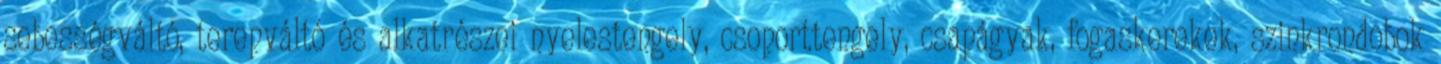
sebességváltó, terepváltó és alkatrészei nyelestengely, csoporttengely, csapágyak, fogaskerekek, szinkrondobok